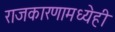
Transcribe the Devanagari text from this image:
राजकारणामध्येही